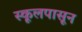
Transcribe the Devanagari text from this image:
स्कूलपासून